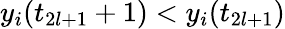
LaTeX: y_{i}(t_{2l+1}+1)<y_{i}(t_{2l+1})